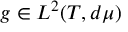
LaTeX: g \in L ^ { 2 } ( T , d \mu )